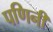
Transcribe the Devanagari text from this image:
पणिनी